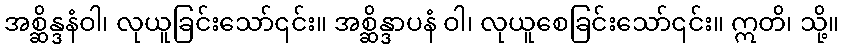
အစ္ဆိန္ဒနံဝါ၊ လုယူခြင်းသော်၎င်း။ အစ္ဆိန္ဒာပနံ ဝါ၊ လုယူစေခြင်းသော်၎င်း။ ဣတိ၊ သို့။